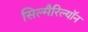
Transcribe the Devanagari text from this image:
सिल्मैरिल्यॉन